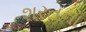
શરતના